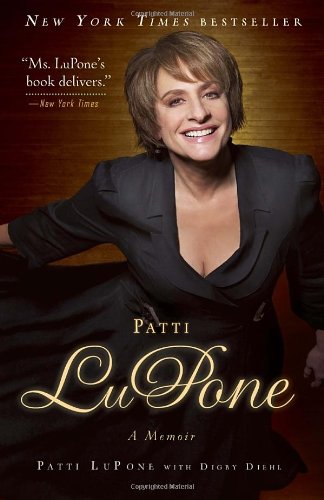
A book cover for Patti LuPone: A Memoir; Patti LuPone; Biographies & Memoirs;